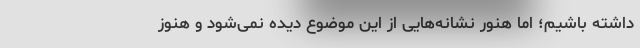
داشته باشیم؛ اما هنور نشانه‌هایی از این موضوع دیده نمی‌شود و هنوز